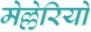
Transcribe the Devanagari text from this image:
मेल्लेरियो